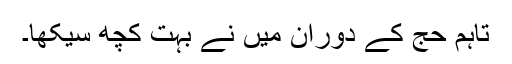
تاہم حج کے دوران میں نے بہت کچھ سیکھا۔